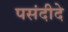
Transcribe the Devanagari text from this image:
पसंदीदे